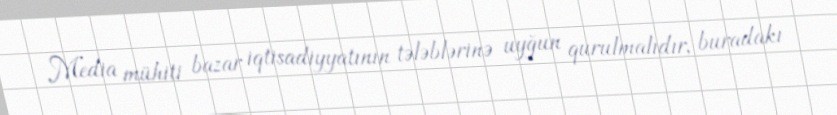
Media mühiti bazar iqtisadiyyatının tələblərinə uyğun qurulmalıdır, buradakı